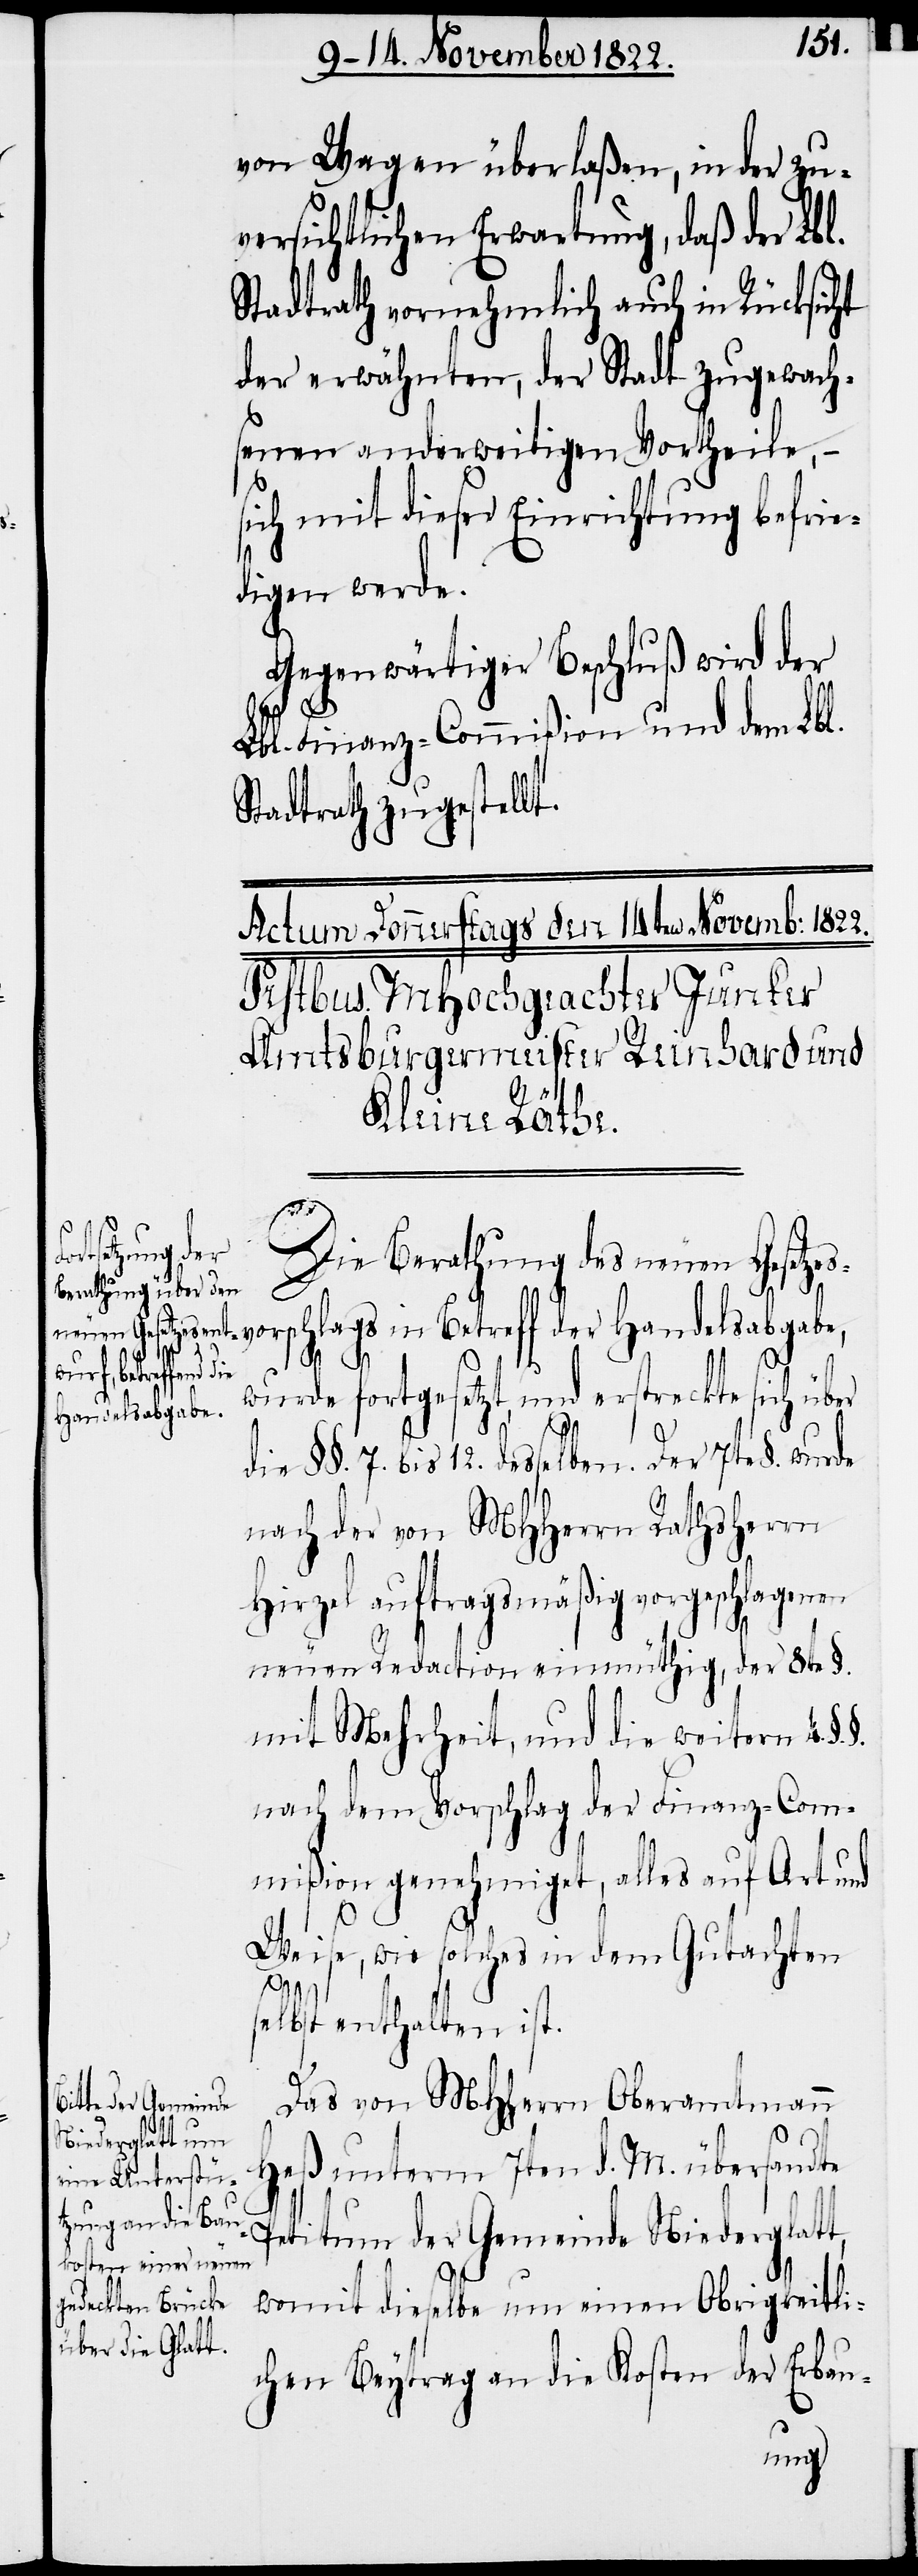
von Wagen überlaßen, in der zu¬
versichtlichen Erwartung, daß der Lbl.
Stadtrath vornehmlich auch in Rücksicht
der erwähnten, der Stadt zugewach¬
senen anderweitigen Vortheile, –
sich mit dieser Einrichtung befrie¬
digen werde.
Gegenwärtiger Beschluß wird der
Lbl. Finanz-Commißion und dem Lbl.
Stadtrath zugestellt.
Die Berathung des neuen Gesetz¬
esvorschlags in Betreff der Handelsabgabe,
wurde fortgesetzt, und erstreckte sich über
die §§. 7. bis 12. desselben. Der 7te §. wurde
nach der von MHHerrn Rathsherrn
Hirzel auftragsmäßig vorgeschlagenen
neuen Redaction einmüthig, der 8te §.
mit Mehrheit, und die weitern 4.
nach dem Vorschlag der Finanz-Com¬
mißion genehmiget, alles auf Art und
Weise, wie solches in dem Gutachten
selbst enthalten ist.
Das von MHHerrn Oberamtmann
Heß unterm 7ten d. M. übersandte
Petitum der Gemeinde Niederglatt,
womit dieselbe um einen Obrigkeitli¬
chen Beytrag an die Kosten der Erbau-